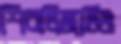
শিবলিঙ্গটিও